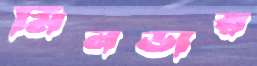
মিনডার